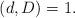
LaTeX: \begin{align*} (d,D)=1. \end{align*}